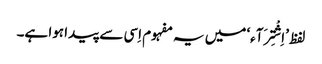
لفظ ’اِشْتِرَآء‘ میں یہ مفہوم اِسی سے پیدا ہوا ہے۔